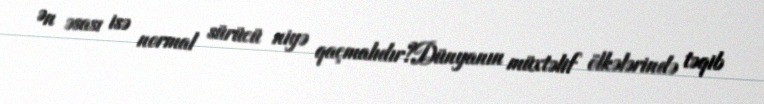
Ən əsası isə normal sürücü niyə qaçmalıdır?Dünyanın müxtəlif ölkələrində təqib